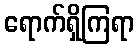
ရောက်ရှိကြရာ